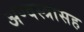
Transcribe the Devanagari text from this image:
अण्वस्त्रांसह